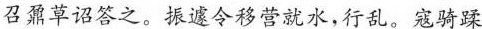
召鼐草诏答之，振遽令移营就水，行乱。寇骑蹂